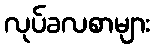
လုပ်ခလစာများ